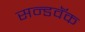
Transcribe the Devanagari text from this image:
सन्डवॅक